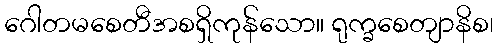
ဂေါတမစေတီအစရှိကုန်သော။ ရုက္ခစေတျာနိစ၊